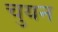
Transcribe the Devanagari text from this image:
चुयन